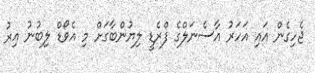
ޖެހިގެން އައި އަހަރު އާސެނަލްގެ ފްރެޑީ ލިޔުންބާގަށް މި އެވޯޑް ލިބުނު އިރު